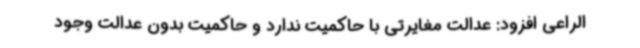
الراعی افزود: عدالت مغایرتی با حاکمیت ندارد و حاکمیت بدون عدالت وجود